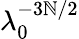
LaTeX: \lambda_{0}^{-3\mathbb{N}/2}